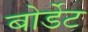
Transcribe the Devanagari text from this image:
बोर्डेट